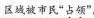
区域被市民”占领”。